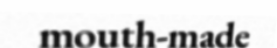
mouth-made